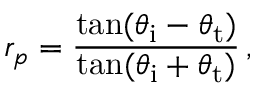
r _ { p } = { \frac { \tan ( \theta _ { \mathrm { i } } - \theta _ { \mathrm { t } } ) } { \tan ( \theta _ { \mathrm { i } } + \theta _ { \mathrm { t } } ) } } \, ,